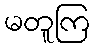
မတူကြ